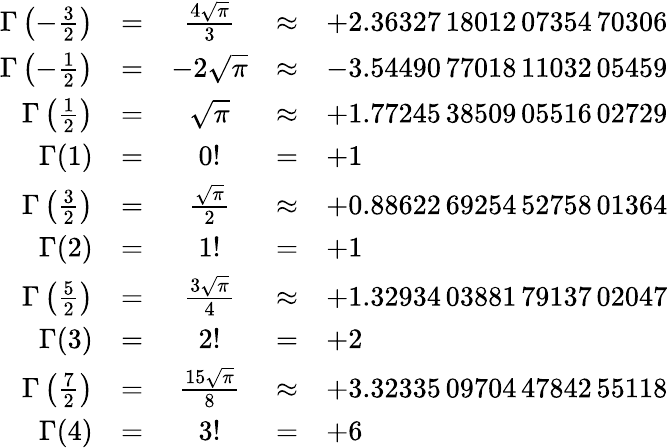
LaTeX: {\begin{array}{rcccl}{\Gamma\left(-{\frac{3}{2}}\right)}&{=}&{{\frac{4{\sqrt{\pi}}}{3}}}&{\approx}&{+2.36327\, 18012\, 07354\, 70306}\\ {\Gamma\left(-{\frac{1}{2}}\right)}&{=}&{-2{\sqrt{\pi}}}&{\approx}&{-3.54490\, 77018\, 11032\, 05459}\\ {\Gamma\left({\frac{1}{2}}\right)}&{=}&{{\sqrt{\pi}}}&{\approx}&{+1.77245\, 38509\, 05516\, 02729}\\ {\Gamma(1)}&{=}&{0!}&{=}&{+1}\\ {\Gamma\left({\frac{3}{2}}\right)}&{=}&{{\frac{\sqrt{\pi}}{2}}}&{\approx}&{+0.88622\, 69254\, 52758\, 01364}\\ {\Gamma(2)}&{=}&{1!}&{=}&{+1}\\ {\Gamma\left({\frac{5}{2}}\right)}&{=}&{{\frac{3{\sqrt{\pi}}}{4}}}&{\approx}&{+1.32934\, 03881\, 79137\, 02047}\\ {\Gamma(3)}&{=}&{2!}&{=}&{+2}\\ {\Gamma\left({\frac{7}{2}}\right)}&{=}&{{\frac{15{\sqrt{\pi}}}{8}}}&{\approx}&{+3.32335\, 09704\, 47842\, 55118}\\ {\Gamma(4)}&{=}&{3!}&{=}&{+6}\end{array}}